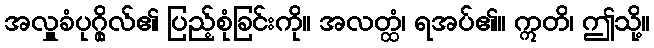
အလှူခံပုဂ္ဂိုလ်၏ ပြည့်စုံခြင်းကို။ အလတ္ထံ၊ ရအပ်၏။ ဣတိ၊ ဤသို့။